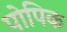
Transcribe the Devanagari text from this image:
पोपिक